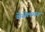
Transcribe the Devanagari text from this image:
वेसेलमन